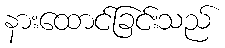
နားထောင်ခြင်းသည်